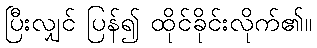
ပြီးလျှင် ပြန်၍ ထိုင်ခိုင်းလိုက်၏။